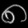
Digit: ၈